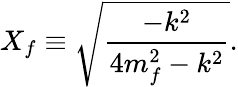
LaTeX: X_{f}\equiv\sqrt{\frac{-k^{2}}{4m_{f}^{2}-k^{2}}}.